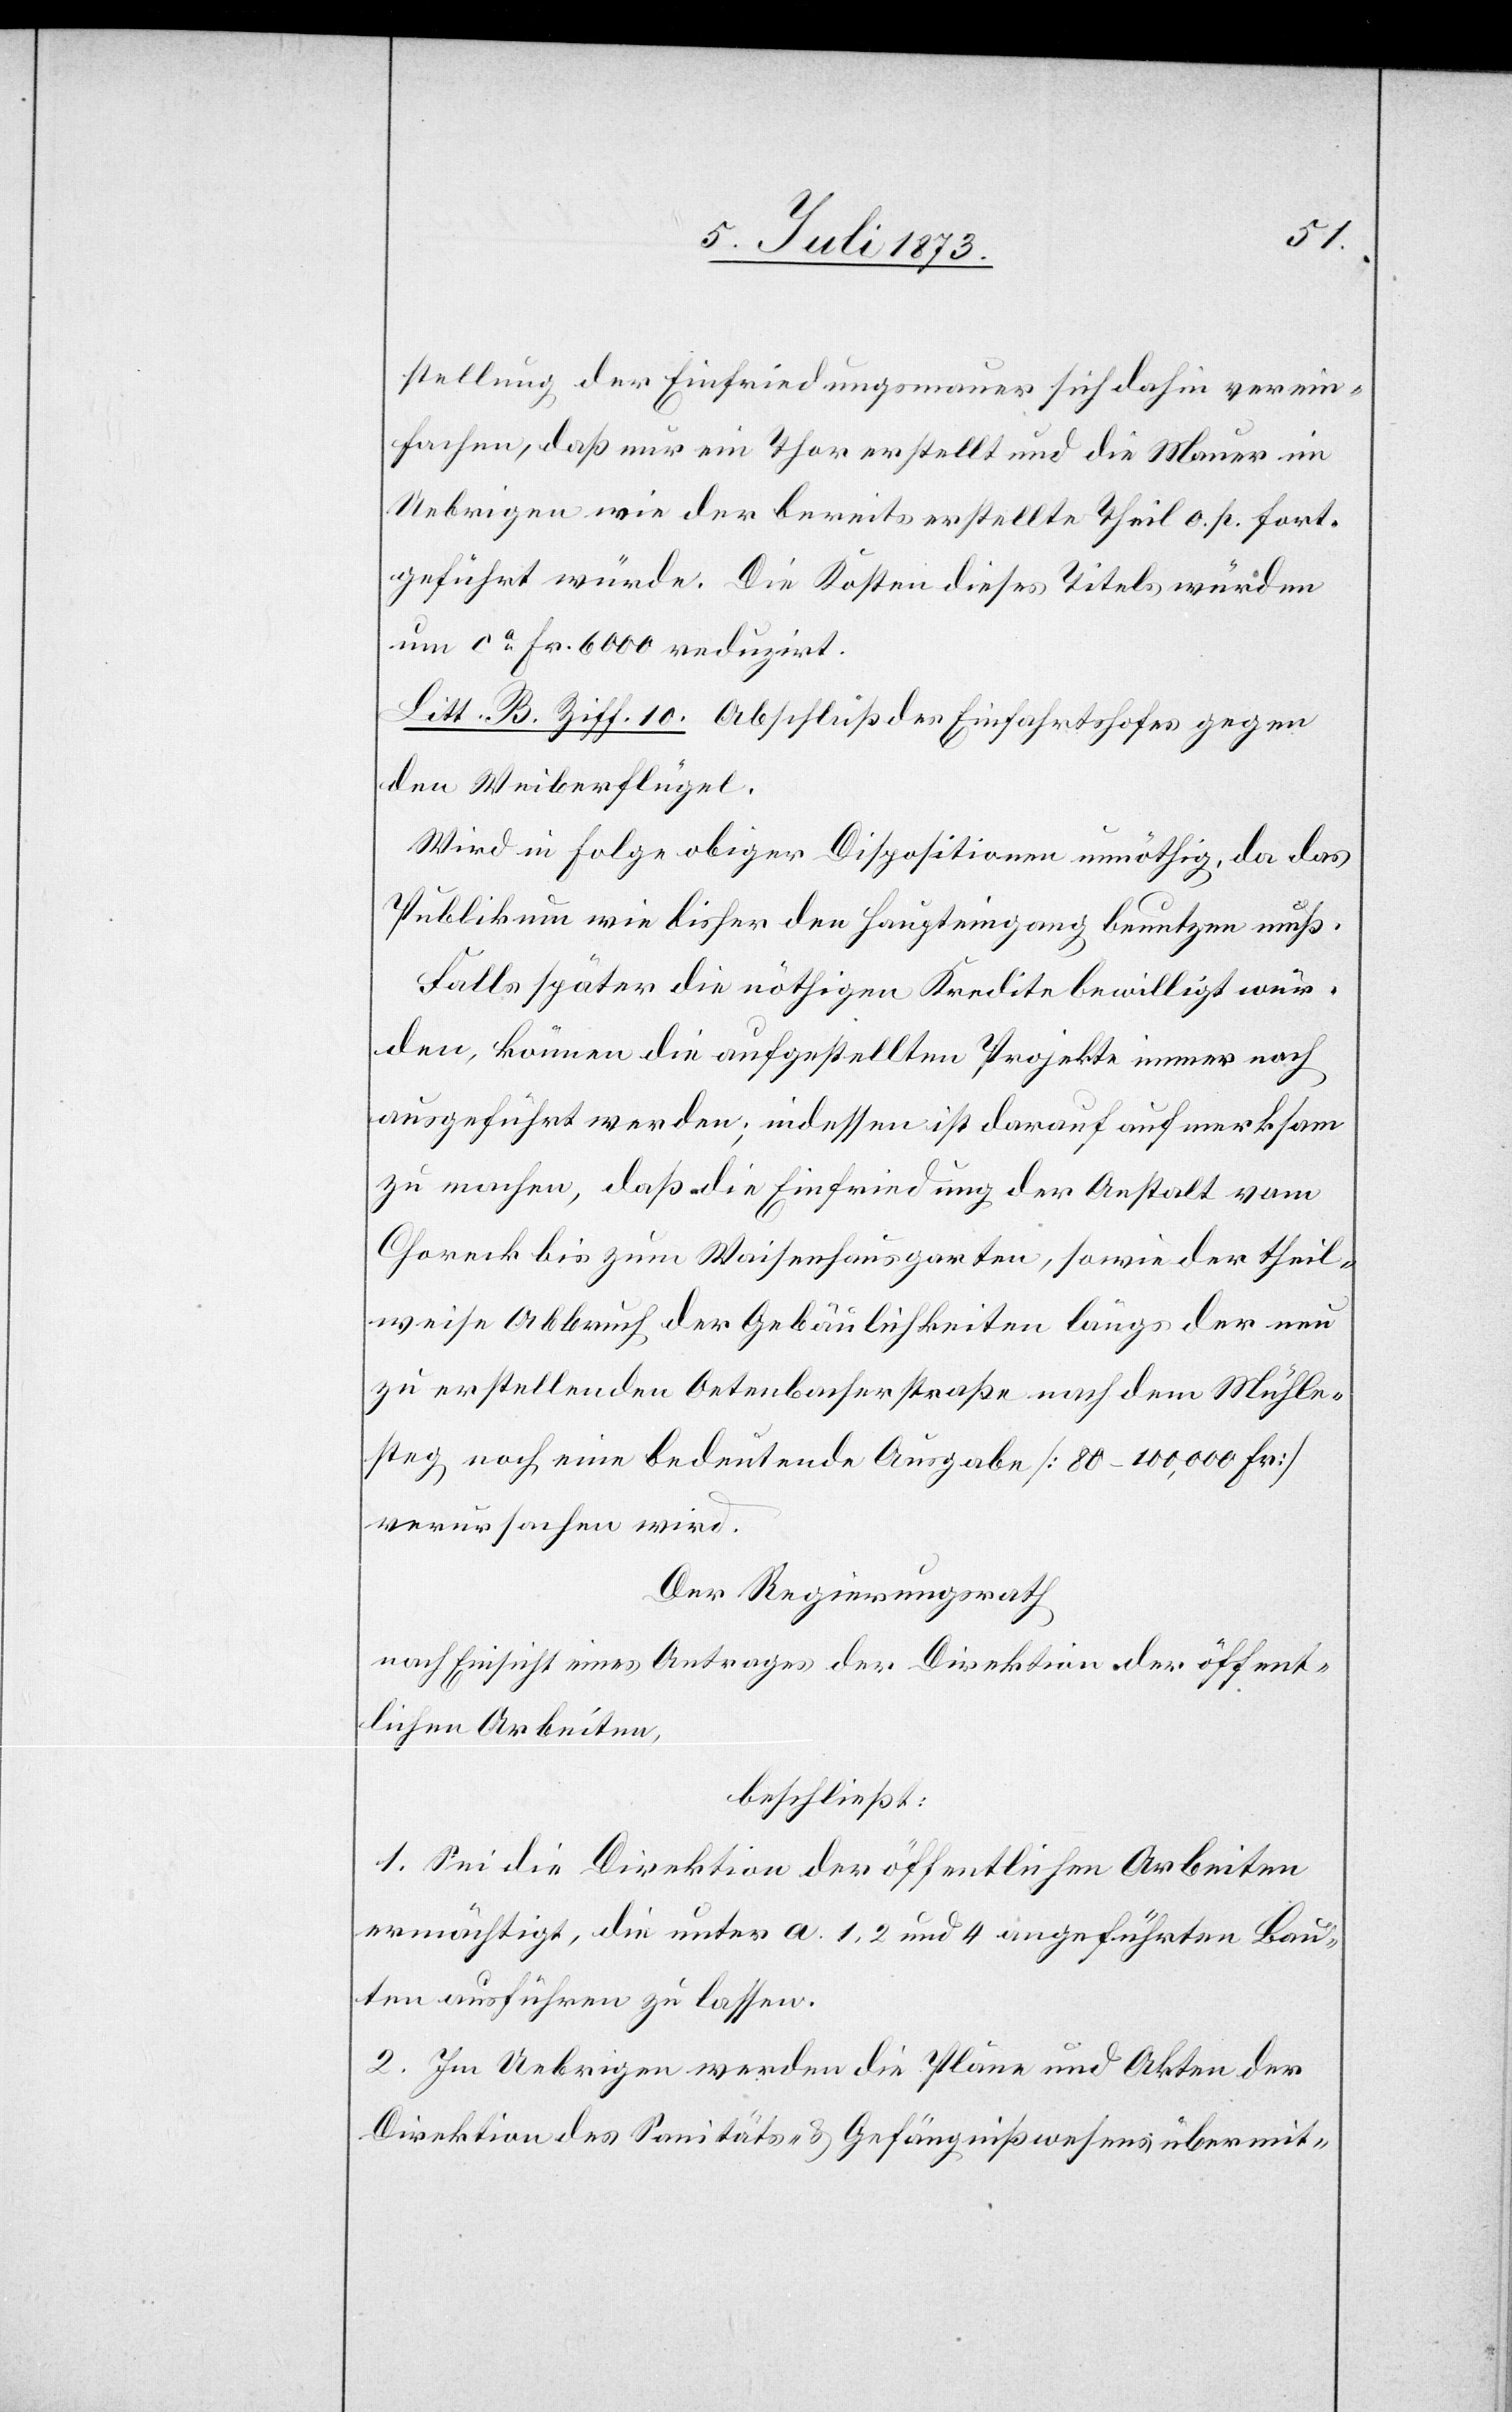
stellung der Einfriedungsmauer sich dahin verein¬
fachen, daß nur ein Thor erstellt und die Mauer im
Uebrigen wie der bereits erstellte Theil o. p. fort¬
geführt würde. Die Kosten dieses Titels würden
um ca Fr. 600 reduzirt.
Litt. B. Ziff. 10. Abschluß des Einfahrtshofes gegen
den Weiberflügel.
Wird in Folge obiger Dispositionen unnöthig, da das
Publikum wie bisher den Haupteingang benutzen muß.
Falls später die nöthigen Kredite bewilligt wür¬
den, können die aufgestellten Projekte immer noch
ausgeführt werden; indessen ist darauf aufmerksam
zu machen, daß die Einfriedung der Anstalt vom
Choreck bis zum Waisenhausgarten, sowie der theil¬
weise Abbruch der Gebäulichkeiten längs der neu
zu erstellenden Oetenbacherstraße nach dem Mühle¬
steg noch eine bedeutende Ausgabe [80–100,000 Fr.]
verursachen wird.
Der Regierungsrath
nach Einsicht eines Antrages der Direktion der öffent¬
lichen Arbeiten,
beschließt:
1. Sei die Direktion der öffentlichen Arbeiten
ermächtigt, die unter a. 1, 2 und 4 angeführten Bau¬
ten ausführen zu lassen.
2. Im Uebrigen werden die Pläne und Akten der
Direktion des Sanitäts- & Gefängnißwesens übermit-